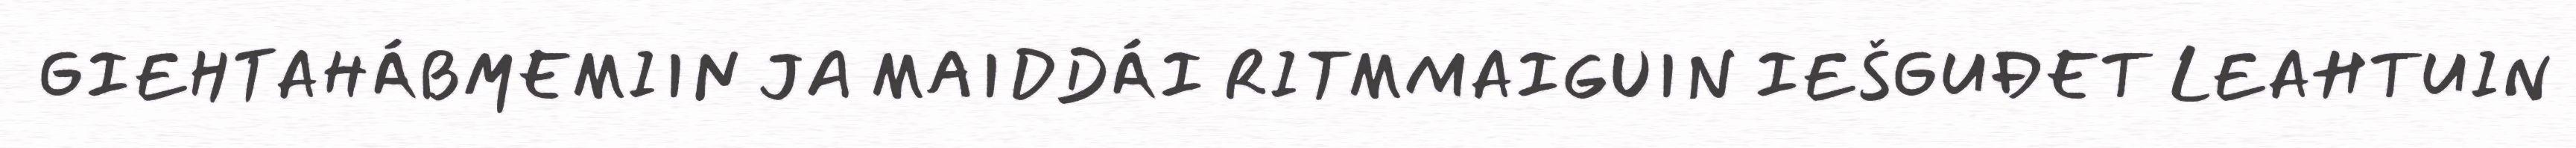
GIEHTAHÁBMEMIIN JA MAIDDÁI RITMMAIGUIN IEŠGUĐET LEAHTUIN